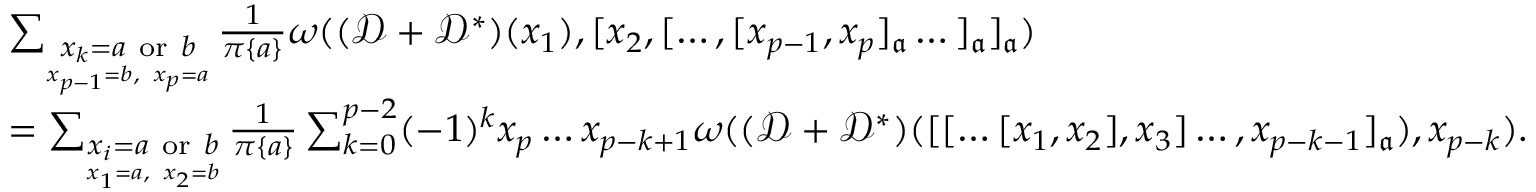
\begin{array} { r l } & { \sum _ { \underset { x _ { p - 1 } = b , ~ x _ { p } = a } { x _ { k } = a \mathrm { ~ o r ~ } b } } \frac { 1 } { \pi \{ a \} } \omega ( ( { \mathscr D } + { \mathscr D } ^ { * } ) ( x _ { 1 } ) , [ x _ { 2 } , [ \dots , [ x _ { p - 1 } , x _ { p } ] _ { \mathfrak { a } } \dots ] _ { \mathfrak { a } } ] _ { \mathfrak { a } } ) } \\ & { = \sum _ { \underset { x _ { 1 } = a , ~ x _ { 2 } = b } { x _ { i } = a \mathrm { ~ o r ~ } b } } \frac { 1 } { \pi \{ a \} } \sum _ { k = 0 } ^ { p - 2 } ( - 1 ) ^ { k } x _ { p } \dots x _ { p - k + 1 } \omega ( ( { \mathscr D } + { \mathscr D } ^ { * } ) ( [ [ \dots [ x _ { 1 } , x _ { 2 } ] , x _ { 3 } ] \dots , x _ { p - k - 1 } ] _ { \mathfrak { a } } ) , x _ { p - k } ) . } \end{array}